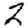
Digit: 2